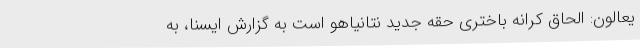
یعالون: الحاق کرانه باختری حقه جدید نتانیاهو است به گزارش ایسنا، به